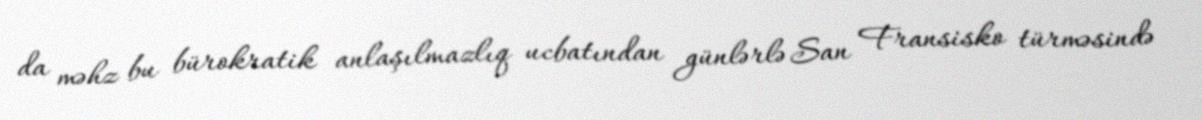
da məhz bu bürokratik anlaşılmazlıq ucbatından günlərlə San Fransisko türməsində